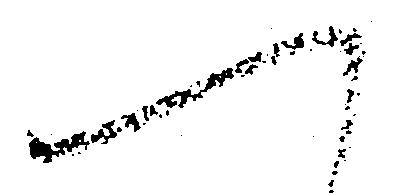
へ